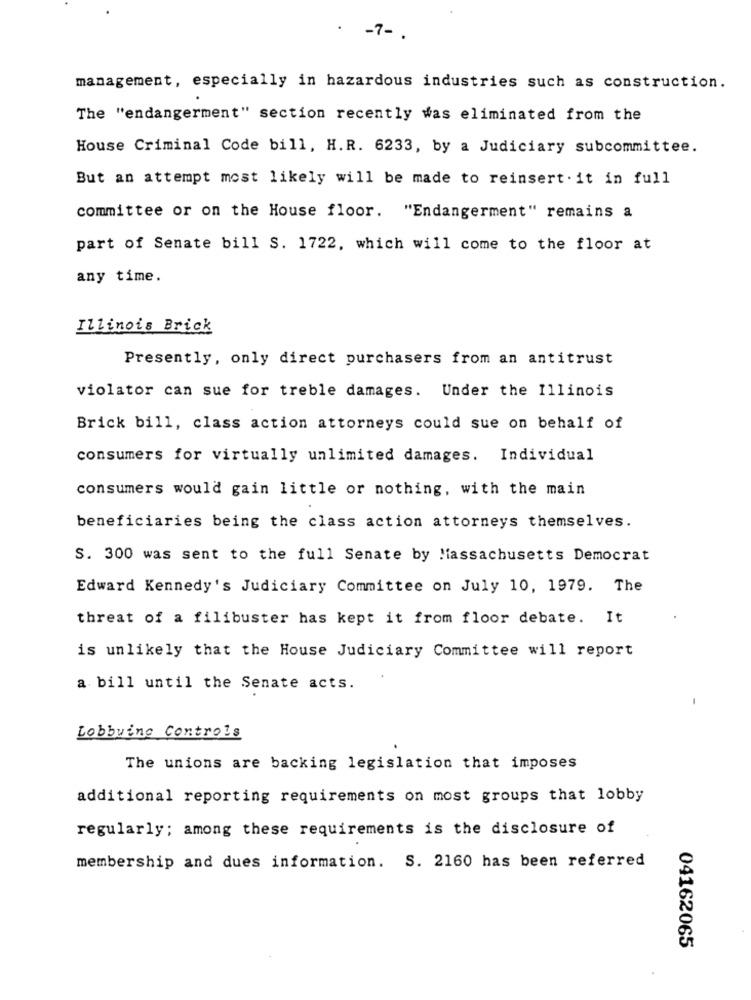
.
-7 -.
management, especially in hazardous industries such as construction.
The "endangerment" section recently was eliminated from the
House Criminal Code bill, H.R. 6233, by a Judiciary subcommittee.
But an attempt most likely will be made to reinsert . it in full
committee or on the House floor. "Endangerment" remains a
part of Senate bill S. 1722, which will come to the floor at
any time.
Illinois Brick
Presently, only direct purchasers from an antitrust
violator can sue for treble damages. Under the Illinois
Brick bill, class action attorneys could sue on behalf of
consumers for virtually unlimited damages. Individual
consumers would gain little or nothing, with the main
beneficiaries being the class action attorneys themselves.
S. 300 was sent to the full Senate by Massachusetts Democrat
Edward Kennedy's Judiciary Committee on July 10, 1979. The
threat of a filibuster has kept it from floor debate. It
is unlikely that the House Judiciary Committee will report
a bill until the Senate acts.
Lobbying Controls
The unions are backing legislation that imposes
additional reporting requirements on most groups that lobby
regularly; among these requirements is the disclosure of
membership and dues information. S. 2160 has been referred
04162065